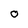
Character: O